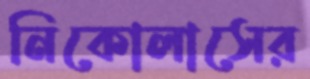
নিকোলাসের